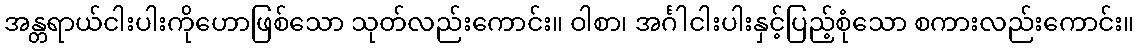
အန္တရာယ်ငါးပါးကိုဟောဖြစ်သော သုတ်လည်းကောင်း။ ဝါစာ၊ အင်္ဂါငါးပါးနှင့်ပြည့်စုံသော စကားလည်းကောင်း။